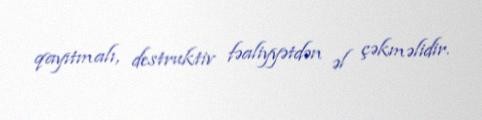
qayıtmalı, destruktiv fəaliyyətdən əl çəkməlidir.